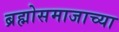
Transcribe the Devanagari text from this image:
ब्रह्मोसमाजाच्या